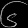
Digit: ၆